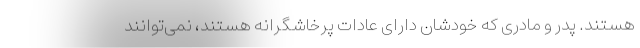
هستند. پدر و مادری که خودشان دارای عادات پرخاشگرانه هستند، نمی‌توانند